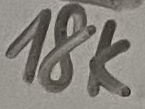
Text: 18K